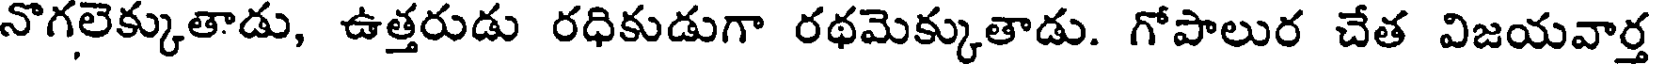
నొగలెక్కుతాడు, ఉత్తరుడు రధికుడుగా రథమెక్కుతాడు. గోపాలుర చేత విజయవార్త